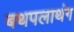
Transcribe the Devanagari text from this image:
बथपलाथंग